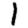
Digit: 1